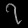
Digit: ၇